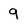
Character: 9